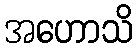
အဟောသိ